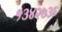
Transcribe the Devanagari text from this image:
१३४२७३६